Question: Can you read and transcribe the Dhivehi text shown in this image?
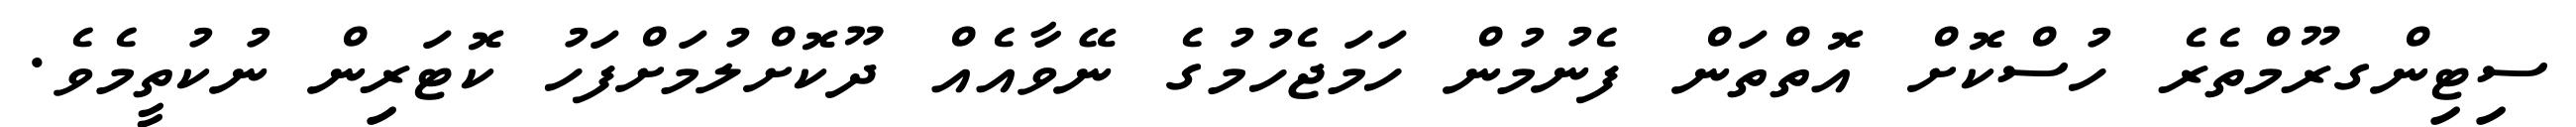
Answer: ސިޓިންގރޫމްތެރެ ހުސްކޮށް އޮތްތަން ފެނުމުން ހަމަޖެހުމުގެ ނޭވާއެއް ދޫކޮށްލުމަށްފަހު ކޮޓަރިން ނުކުތީމެވެ.